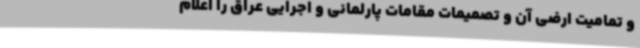
و تمامیت ارضی آن و تصمیمات مقامات پارلمانی و اجرایی عراق را اعلام